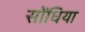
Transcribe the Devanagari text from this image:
सोंधिया